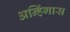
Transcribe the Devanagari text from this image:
अन्हिंगास